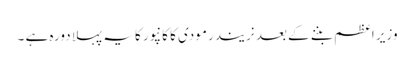
وزیر اعظم بننے کے بعد نریندر مودی کا کانپور کا یہ پہلا دورہ ہے ۔